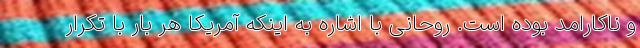
و ناکارامد بوده است. روحانی با اشاره به اینکه آمریکا هر بار با تکرار